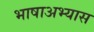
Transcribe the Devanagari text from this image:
भाषाअभ्यास